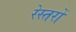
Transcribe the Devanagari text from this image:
रेस्तरों